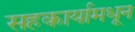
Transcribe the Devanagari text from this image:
सहकार्यामधून